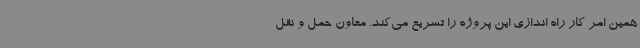
همین امر کار راه اندازی این پروژه را تسریع می‌کند. معاون حمل و نقل